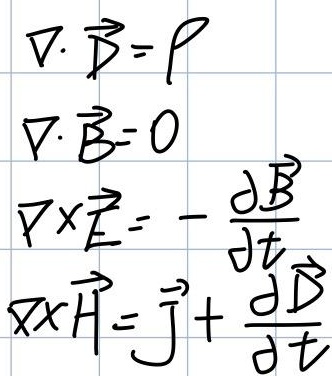
\[
\begin{align*}
\nabla\cdot\vec{D}&=\rho\\
\nabla\cdot\vec{B}&=0\\
\nabla\times\vec{E}&=-\frac{\partial\vec{B}}{\partial t}\\
\nabla\times\vec{H}&=\vec{J}+\frac{\partial\vec{D}}{\partial t}
\end{align*}
\]